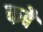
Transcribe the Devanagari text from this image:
फबै